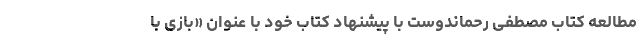
مطالعه کتاب مصطفی رحماندوست با پیشنهاد کتاب خود با عنوان «بازی با